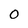
Character: 0